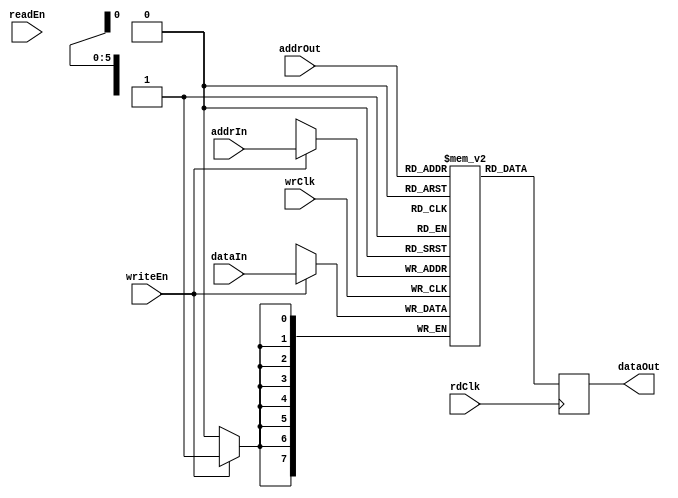
module dpMem_dc_simlib(  addrIn, addrOut, wrClk, rdClk, dataIn, writeEn, readEn, dataOut);
  //FIFO_DEPTH = ADDR_WIDTH^2
  parameter FIFO_WIDTH = 8;
  parameter FIFO_DEPTH = 64; 
  parameter ADDR_WIDTH = 6;   
  
input wrClk;
input rdClk;
input [FIFO_WIDTH-1:0] dataIn;
output [FIFO_WIDTH-1:0] dataOut;
input writeEn;
input readEn;
input [ADDR_WIDTH-1:0] addrIn;
input [ADDR_WIDTH-1:0] addrOut;

wire wrClk;
wire rdClk;
wire [FIFO_WIDTH-1:0] dataIn;
reg [FIFO_WIDTH-1:0] dataOut;
wire writeEn;
wire readEn;
wire [ADDR_WIDTH-1:0] addrIn;
wire [ADDR_WIDTH-1:0] addrOut;

reg [FIFO_WIDTH-1:0] buffer [0:FIFO_DEPTH-1];

// synchronous read. Introduces one clock cycle delay
always @(posedge rdClk) begin
  dataOut <= buffer[addrOut];
end

// synchronous write
always @(posedge wrClk) begin
  if (writeEn == 1'b1)
    buffer[addrIn] <= dataIn;
end                  


endmodule